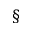
^ \S